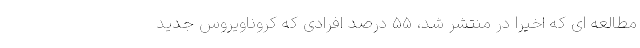
مطالعه ای که اخیرا در منتشر شد، 55 درصد افرادی که کروناویروس جدید